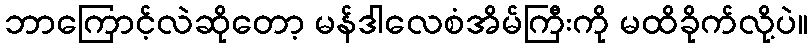
ဘာကြောင့်လဲဆိုတော့ မန်ဒါလေစံအိမ်ကြီးကို မထိခိုက်လို့ပဲ။